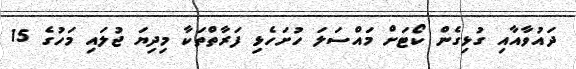
ދައުވާއާއި ގުޅިގެން ކޯޓަށް މައްސަލަ ހުށަހެޅި ފަރާތްތަކާ މިދިޔަ ޖުލައި މަހުގެ 15